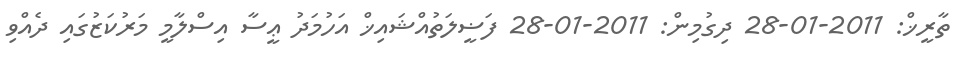
ތާރީޚް: 2011-01-28 ދިގުމިން: 2011-01-28 ފަޟީލަތުއްޝައިޚް އަހުމަދު ޢީސާ އިސްލާމީ މަރުކަޒުގައި ދެއްވި